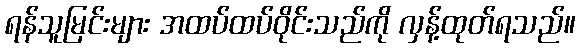
ရန်သူမြင်းများ အထပ်ထပ်ဝိုင်းသည်ကို လှန့်ထုတ်ရသည်။